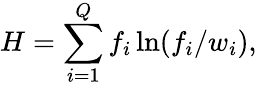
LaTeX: H=\sum_{i=1}^{Q}f_{i}\ln(f_{i}/w_{i}),